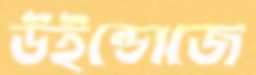
উইন্ডোজে